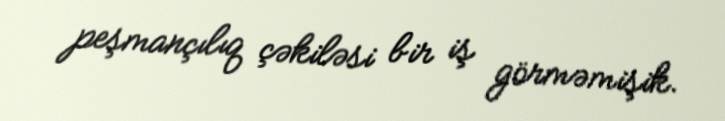
peşmançılıq çəkiləsi bir iş görməmişik.